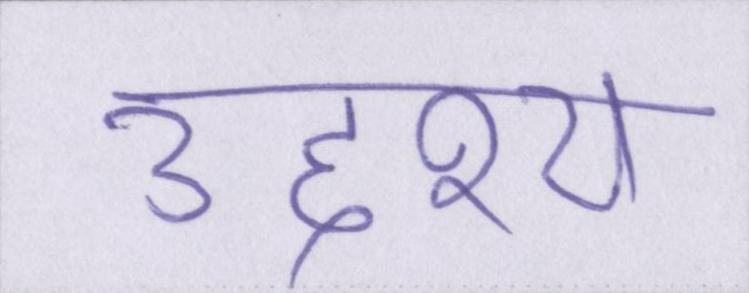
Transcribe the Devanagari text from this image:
उद्देश्य